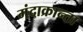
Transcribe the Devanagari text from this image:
मंदाक्रान्ता